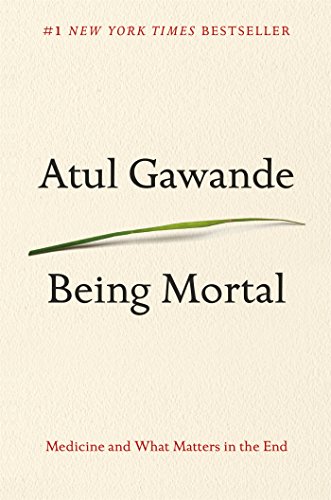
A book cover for Being Mortal: Medicine and What Matters in the End; Atul Gawande; Self-Help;